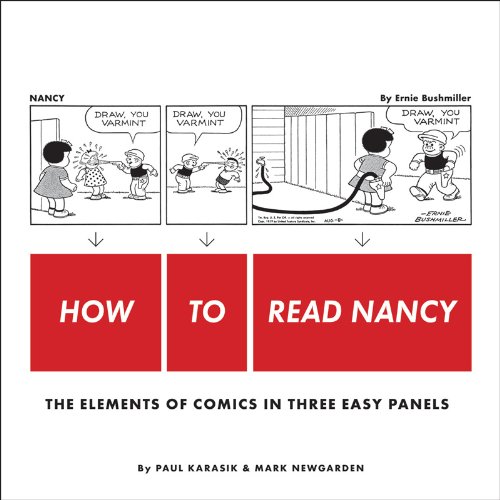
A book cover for How to Read Nancy: The Elements of Comics in Three Easy Panels; Paul Karasik; Comics & Graphic Novels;